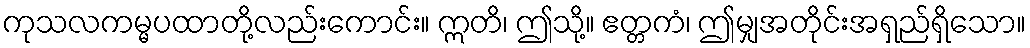
ကုသလကမ္မပထာတို့လည်းကောင်း။ ဣတိ၊ ဤသို့။ ဧတ္တကံ၊ ဤမျှအတိုင်းအရှည်ရှိသော။